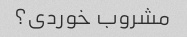
مشروب خوردی؟